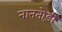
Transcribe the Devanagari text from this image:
नानतोड़ी